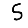
Digit: 5